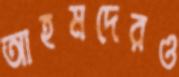
আহমদেরও